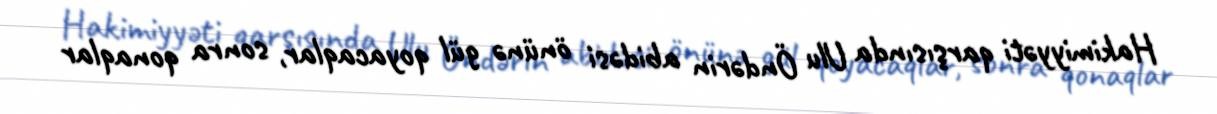
Hakimiyyəti qarşısında Ulu Öndərin abidəsi önünə gül qoyacaqlar, sonra qonaqlar